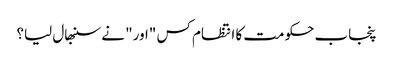
پنجاب حکومت کا انتظام کس "اور" نے سنبھال لیا؟